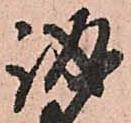
誠